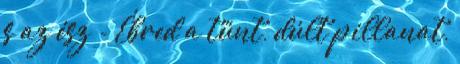
s az ész - Ébred a tűnt, dúlt pillanat,